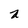
Character: a